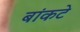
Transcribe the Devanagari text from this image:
बांकटे